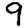
Digit: 9